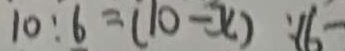
1 0 : 6 = ( 1 0 - x ) : 1 6